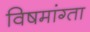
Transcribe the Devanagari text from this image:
विषमांग्ता